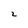
Character: 2